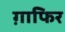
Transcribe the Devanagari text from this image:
ग़ाफिर